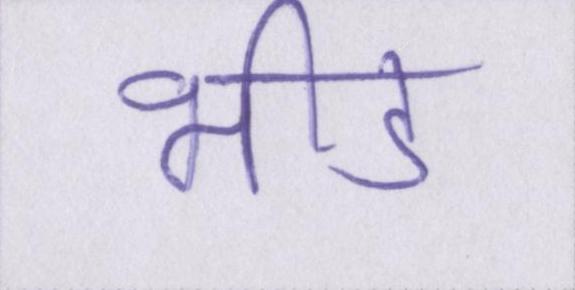
भीड